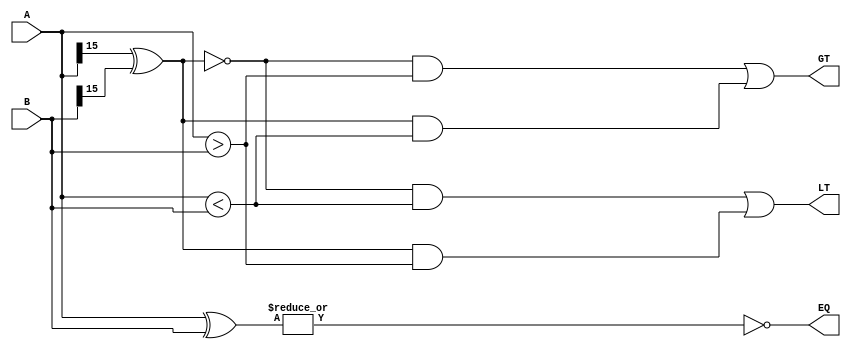
module bit_comparator(
    input [15:0] A,
    input [15:0] B,
    output reg EQ,
    output reg GT,
    output reg LT
);

assign EQ = ~(|(A ^ B));
assign GT = (~(A[15] ^ B[15]) & (A > B)) | ((A[15] ^ B[15]) & (A < B));
assign LT = (~(A[15] ^ B[15]) & (A < B)) | ((A[15] ^ B[15]) & (A > B));

endmodule